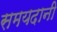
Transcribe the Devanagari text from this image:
समयदानी